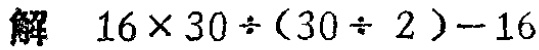
解 \(16\times 30\div(30\div 2)-16\)